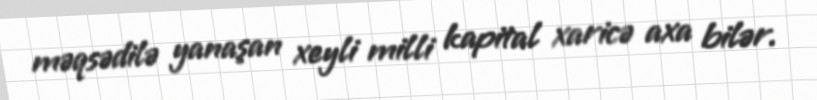
məqsədilə yanaşan xeyli milli kapital xaricə axa bilər.